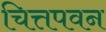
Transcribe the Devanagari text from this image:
चित्तपवन